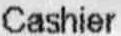
CASHIER